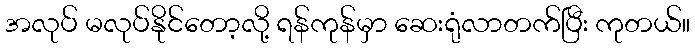
အလုပ် မလုပ်နိုင်တော့လို့ ရန်ကုန်မှာ ဆေးရုံလာတက်ပြီး ကုတယ်။